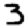
Digit: 3